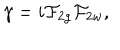
LaTeX: { \gamma } = i { \cal F } _ { 2 g } { \cal F } _ { 2 w } ,